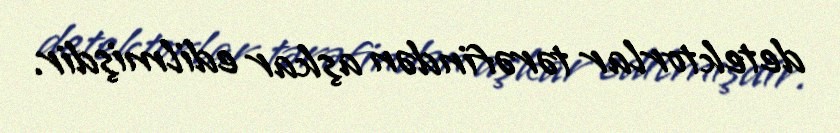
detektorlar tərəfindən aşkar edilmişdir.